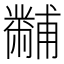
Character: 黼